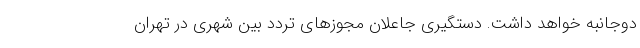
دوجانبه خواهد داشت. دستگیری جاعلان مجوزهای تردد بین شهری در تهران